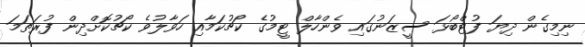
ނިމިގެން ދިޔަ ފުޓްބޯޅަ ސީޒަނުގައި ވެންހާލް ޓީމުގެ ކޯޗުކަމާއި ހަވާލުވެ ކޯޗުކޮށްދިން ފުރަތަމަ